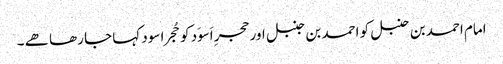
امام احمد بن حنبل کو احمد بن جنبل اور حجرِ اَسوَد کو حُجرا سود کہا جا رھا ھے ۔